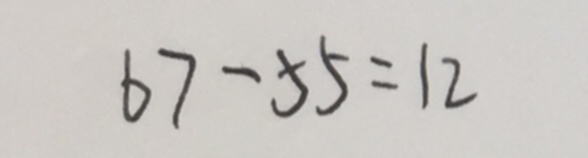
6 7 - 5 5 = 1 2